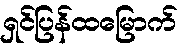
ရှင်ပြန်ထမြောက်